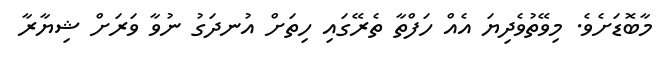
މާބޮޑަށެވެ. މިވޭތުވެދިޔަ އެއް ހަފްތާ ތެރޭގައި ހިތަށް އުނދަގު ނުވާ ވަރަށް ޝިޔާރާ